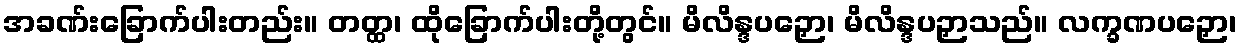
အခဏ်းခြောက်ပါးတည်း။ တတ္ထ၊ ထိုခြောက်ပါးတို့တွင်။ မိလိန္ဒပဉှော၊ မိလိန္ဒပဉှာသည်။ လက္ခဏပဉှော၊